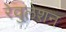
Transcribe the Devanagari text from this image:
रेवुलेशन